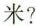
米?